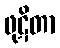
ဖုဋိတာ